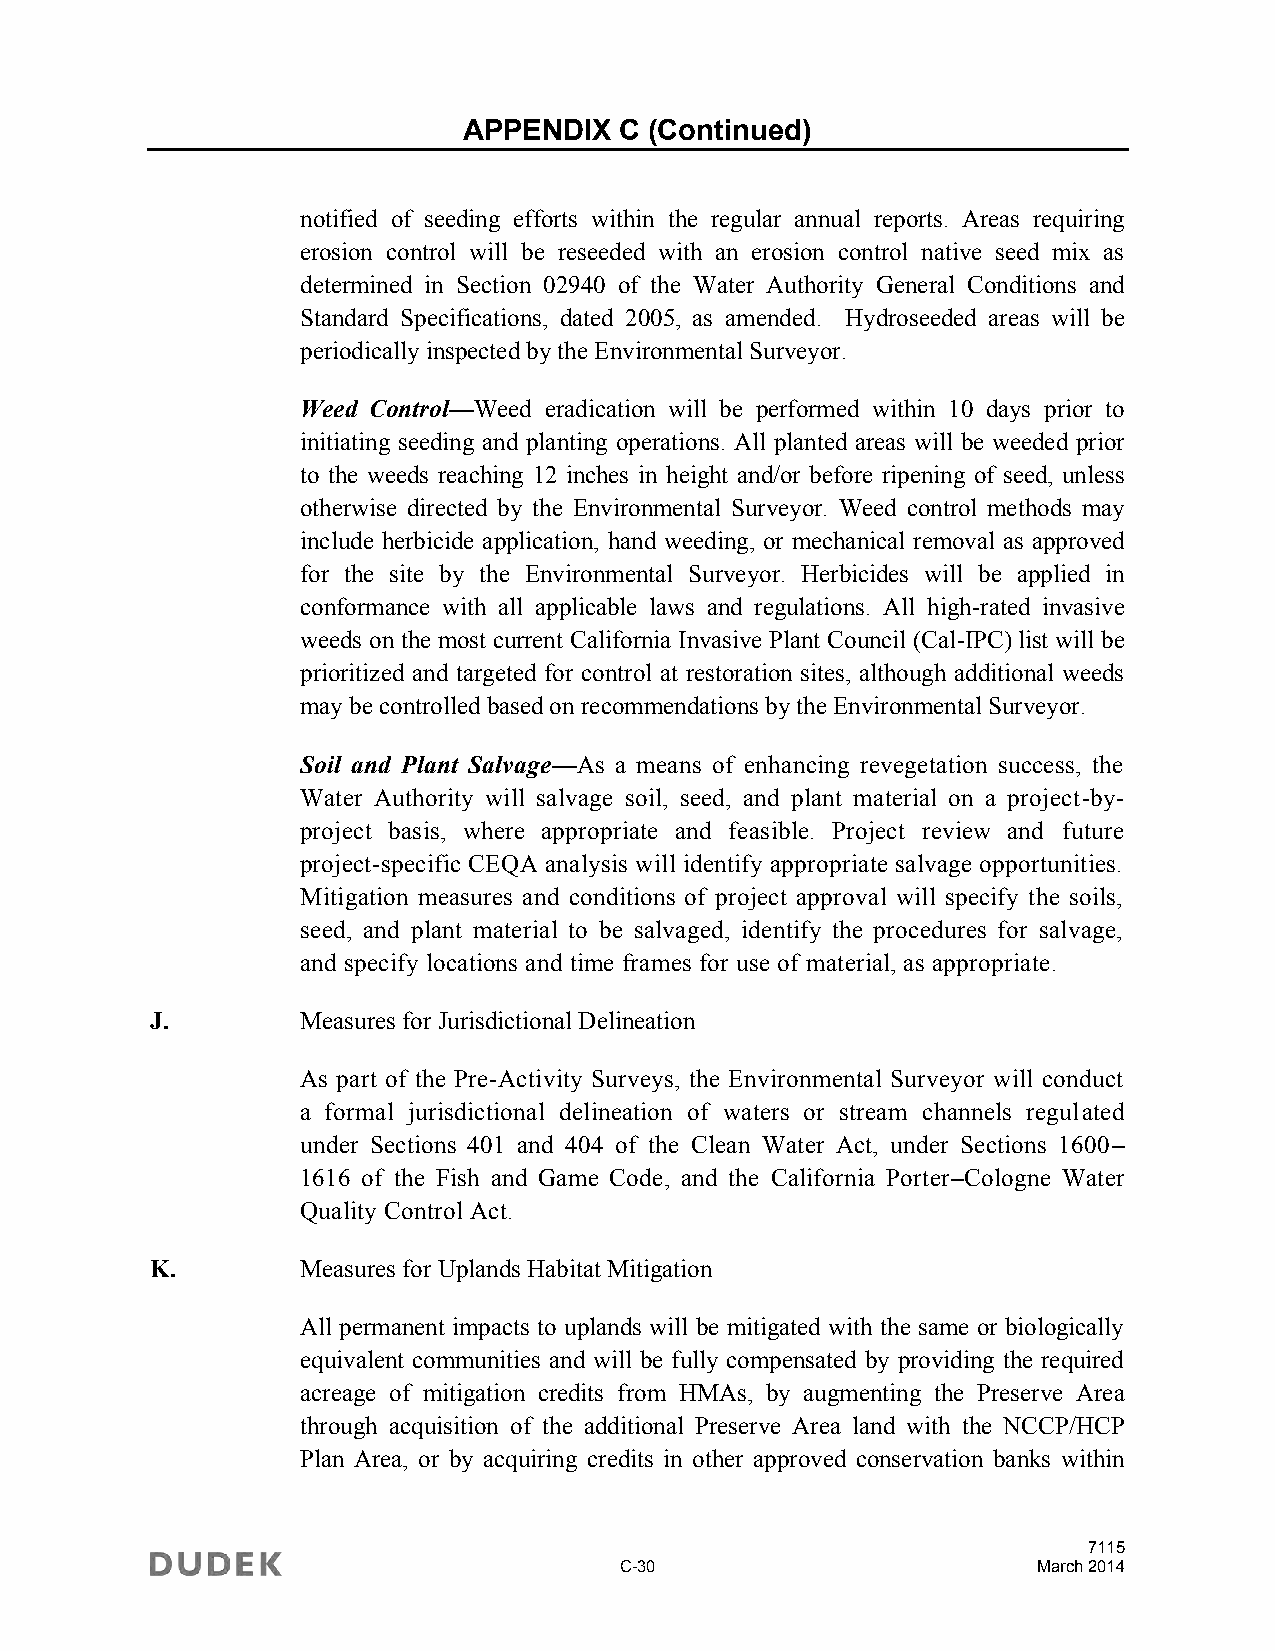
APPENDIX  C (Continued)
 notified of seeding efforts within the regular annual reports. Areas requiring
 erosion control will be reseeded with an erosion control native seed mix as
 determined in Section 02940 of the Water Authority General Conditions and
 Standard Specifications, dated 2005, as amended. Hydroseeded areas will be
 periodically inspected by the Environmental Surveyor.
 Weed Control—Weed eradication will be performed within 10 days prior to
 initiating seeding and planting operations. All planted areas will be weeded prior
 to the weeds reaching 12 inches in height and/or before ripening of seed, unless
 otherwise directed by the Environmental Surveyor. Weed control methods may
 include herbicide application, hand weeding, or mechanical removal as approved
 for the site by the Environmental Surveyor. Herbicides will be applied in
 conformance with all applicable laws and regulations. All high-rated invasive
 weeds on the most current California Invasive Plant Council (Cal-IPC) list will be
 prioritized and targeted for control at restoration sites, although additional weeds
 may be controlled based on recommendations by the Environmental Surveyor.
 Soil and Plant Salvage—As a means of enhancing revegetation success, the
 Water Authority will salvage soil, seed, and plant material on a project-by-
 project basis, where appropriate and feasible. Project review and future
 project-specific CEQA analysis will identify appropriate salvage opportunities.
 Mitigation measures and conditions of project approval will specify the soils,
 seed, and plant material to be salvaged, identify the procedures for salvage,
 and specify locations and time frames for use of material, as appropriate.
 J.        Measures for Jurisdictional Delineation
 As part of the Pre-Activity Surveys, the Environmental Surveyor will conduct
 a formal jurisdictional delineation of waters or stream channels regulated
 under Sections 401 and 404 of the Clean Water Act, under Sections 1600–
 1616 of the Fish and Game Code, and the California Porter–Cologne Water
 Quality Control Act.
 K.        Measures for Uplands Habitat Mitigation
 All permanent impacts to uplands will be mitigated with the same or biologically
 equivalent communities and will be fully compensated by providing the required
 acreage of mitigation credits from HMAs, by augmenting the Preserve Area
 through acquisition of the additional Preserve Area land with the NCCP/HCP
 Plan Area, or by acquiring credits in other approved conservation banks within
 7115
 C-30                        March 2014